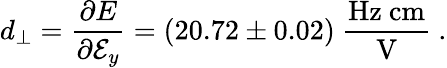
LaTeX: d_{\perp}=\frac{\partial E}{\partial\mathcal{E}_{y}}=(20.72\pm 0.02)~\frac{\mathrm{Hz~cm}}{\mathrm{V}}\ .